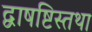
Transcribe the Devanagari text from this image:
द्वाषष्टिस्तथा